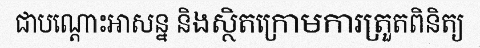
ជាបណ្តោះអាសន្ន និងស្ថិតក្រោមការត្រួតពិនិត្យ